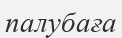
палубаға